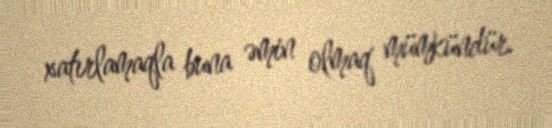
xatırlamaqla buna əmin olmaq mümkündür.